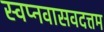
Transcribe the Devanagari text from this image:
स्वप्नवासवदत्तम